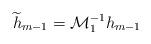
LaTeX: \begin{align*}\widetilde{h}_{m-1}=\mathcal{M}_{1}^{-1}h_{m-1}\end{align*}